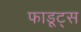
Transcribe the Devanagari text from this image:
फाडूट्स